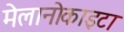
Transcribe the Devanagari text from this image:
मेलानोकाइटा